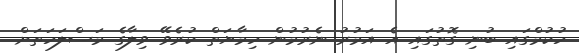
ހުކުމްގައި ބުނި ގޮތުގައި އެ އަމުރު ނެރުމުން ހިމާޔަތް ކުރެވޭ ވިލާގެ މަސްލަހަތަށް